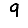
Digit: 9